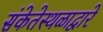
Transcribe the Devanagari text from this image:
संकेतेस्थळाद्वारे